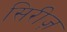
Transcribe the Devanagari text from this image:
सिरीज़़